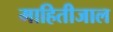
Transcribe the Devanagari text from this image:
माहितीजाल